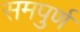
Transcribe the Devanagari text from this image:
समपुर्ण